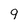
Character: 9